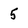
Character: 5